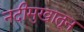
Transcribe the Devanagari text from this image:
नदीमुखातून